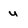
Character: u